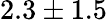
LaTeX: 2.3\pm 1.5